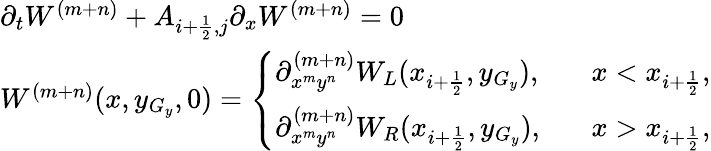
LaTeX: \begin{array}{ll}{\partial_{t}W^{(m+n)}+A_{i+\frac{1}{2},j}\partial_{x}W^{(m+n)}=0}\\ {W^{(m+n)}(x,y_{G_{y}},0)=\left\{ \begin{array}{ll}{\partial_{x^{m}y^{n}}^{(m+n)}W_{L}(x_{i+\frac{1}{2}},y_{G_{y}}),}&{\; \; \; x<x_{i+\frac{1}{2}},}\\ {\partial_{x^{m}y^{n}}^{(m+n)}W_{R}(x_{i+\frac{1}{2}},y_{G_{y}}),}&{\; \; \; x>x_{i+\frac{1}{2}},}\end{array}\right.}\end{array}